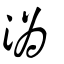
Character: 潙